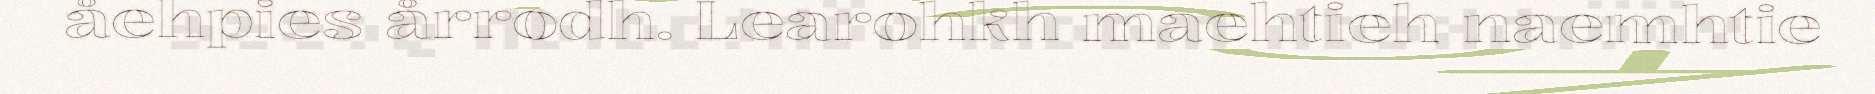
åehpies årrodh. Learohkh maehtieh naemhtie